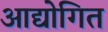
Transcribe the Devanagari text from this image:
आद्योगित